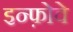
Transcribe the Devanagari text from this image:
इन्फ़ोवे